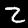
Digit: 2